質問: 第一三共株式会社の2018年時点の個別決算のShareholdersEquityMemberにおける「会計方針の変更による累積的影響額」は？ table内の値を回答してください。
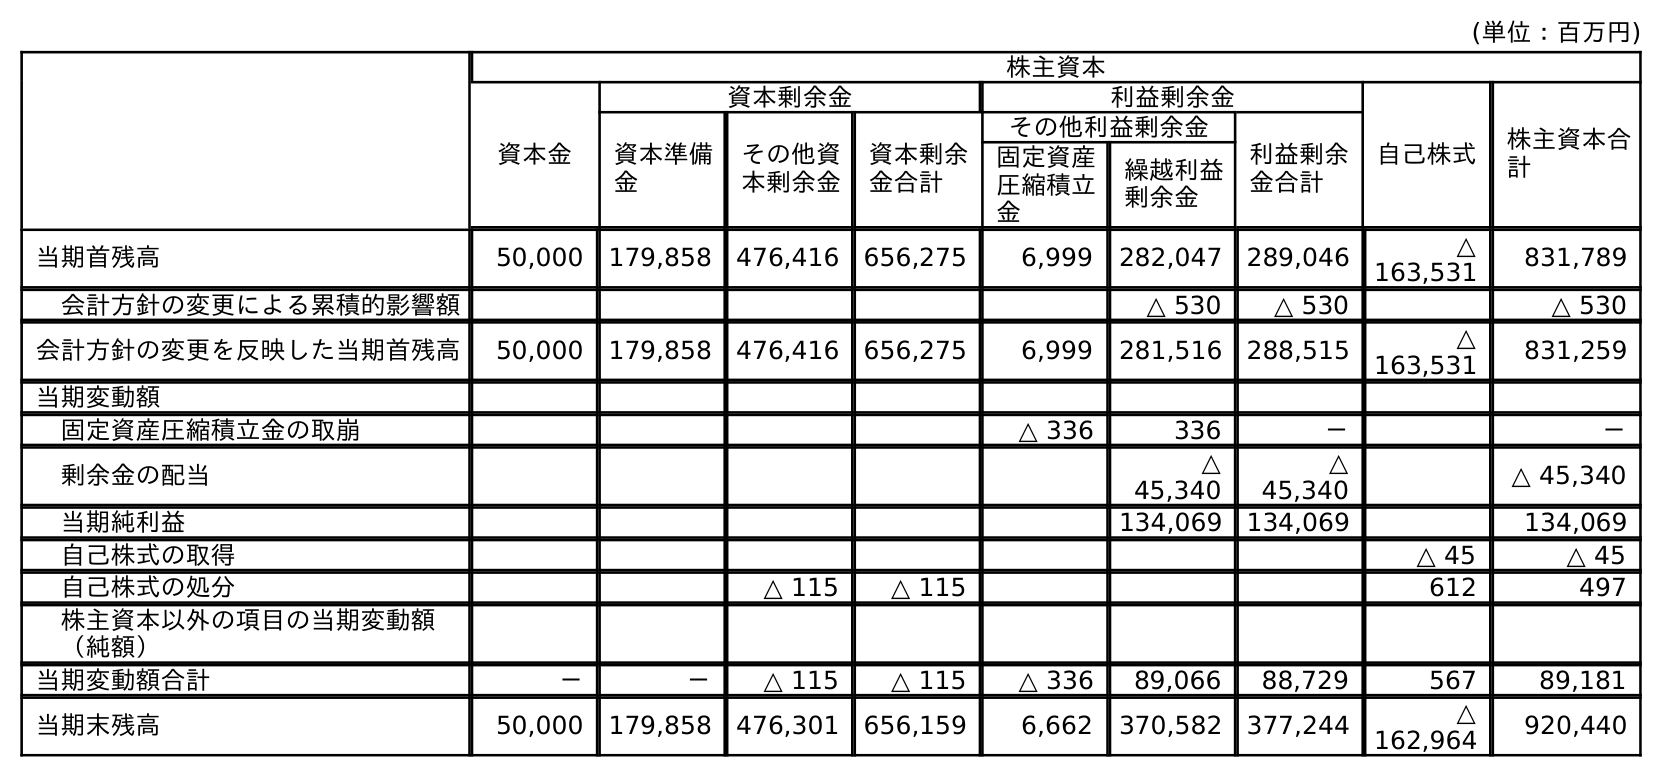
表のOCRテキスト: (単位：百万円) 株主資本 資本金 資本剰余金 利益剰余金 自己株式 株主資本合 計 資本準備 金 その他資 本剰余金 資本剰余 金合計 その他利益剰余金 利益剰余 金合計 固定資産 圧縮積立 金 繰越利益 剰余金 当期首残高 50,000 179,858 476,416 656,275 6,999 282,047 289,046 △ 163,531 831,789 会計方針の変更による累積的影響額 △ 530 △ 530 △ 530 会計方針の変更を反映した当期首残高 50,000 179,858 476,416 656,275 6,999 281,516 288,515 △ 163,531 831,259 当期変動額 固定資産圧縮積立金の取崩 △ 336 336 － － 剰余金の配当 △ 45,340 △ 45,340 △ 45,340 当期純利益 134,069 134,069 134,069 自己株式の取得 △ 45 △ 45 自己株式の処分 △ 115 △ 115 612 497 株主資本以外の項目の当期変動額 （純額） 当期変動額合計 － － △ 115 △ 115 △ 336 89,066 88,729 567 89,181 当期末残高 50,000 179,858 476,301 656,159 6,662 370,582 377,244 △ 162,964 920,440
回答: △530